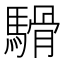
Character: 䮩